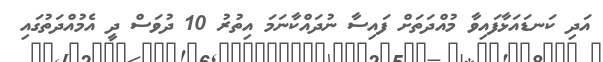
އަދި ކަނޑައަޅާފައިވާ މުއްދަތަށް ފައިސާ ނުދައްކާނަމަ އިތުރު 10 ދުވަސް ދީ އެމުއްދަތުގައި